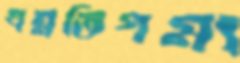
শ্রম্নতিগম্য